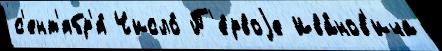
с'ент'ябр'я́ Число́ П'е́рвоjе Ива́нов'ича